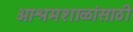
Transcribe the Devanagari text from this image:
आश्रमशाळांसाठी